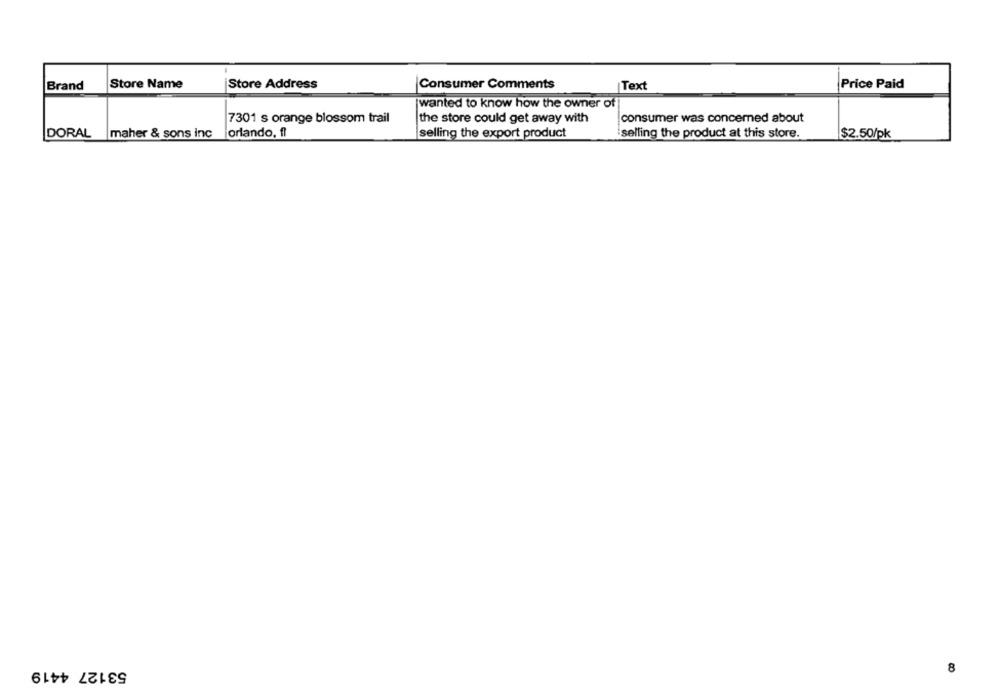
Brand
Store Name
Store Address
Consumer Comments
Text
Price Paid
wanted to know how the owner of
7301 s orange blossom trail
the store could get away with
consumer was concerned about
DORAL
maher & sons inc
orlando, fl
selling the export product
selling the product at this store.
$2.50/pk
53127 4419
8